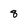
Character: 8